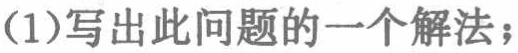
(1)写出此问题的一个解法；